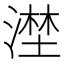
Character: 漜